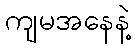
ကျမအနေနဲ့